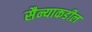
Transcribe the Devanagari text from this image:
सैन्याकडील